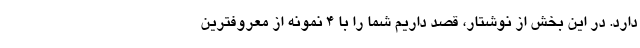
دارد. در این بخش از نوشتار، قصد داریم شما را با ۴ نمونه از معروفترین